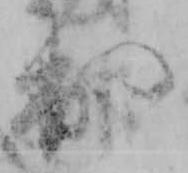
出